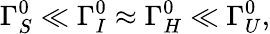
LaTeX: \Gamma_{S}^{0}\ll\Gamma_{I}^{0}\approx\Gamma_{H}^{0}\ll\Gamma_{U}^{0},